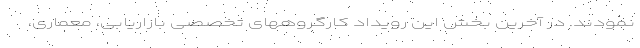
نمودند. در آخرین بخش این رویداد کارگروههای تخصصی بازاریابی، معماری،